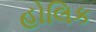
હોલિક